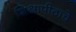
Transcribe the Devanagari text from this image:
शिक्षापीठाचे